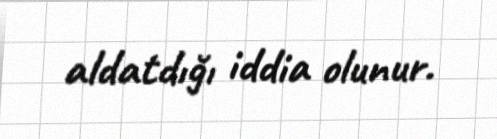
aldatdığı iddia olunur.